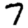
Digit: 7